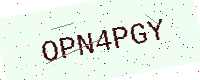
Text: OPN4PGY